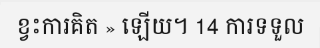
ខ្វះការគិត » ឡើយ។ 14 ការទទួល